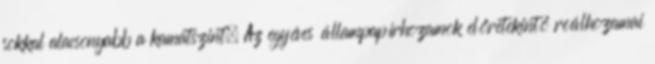
sokkal alacsonyabb a kamatszint. Az egyéves állampapírhozamok előretekintő reálhozamai